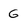
Character: G